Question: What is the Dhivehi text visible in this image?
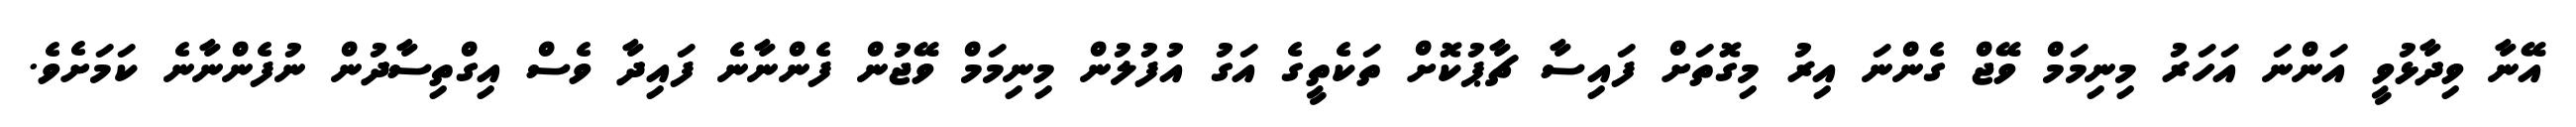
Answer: އޭނާ ވިދާޅުވީ އަންނަ އަހަރު މިނިމަމް ވޭޖް ގެންނަ އިރު މިގޮތަށް ފައިސާ ޗާޕުކޮށް ތަކެތީގެ އަގު އުފުލުން މިނިމަމް ވޭޖުން ފެންނާނެ ފައިދާ ވެސް އިގްތިސާދުން ނުފެންނާނެ ކަމަށެވެ.